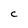
Character: C